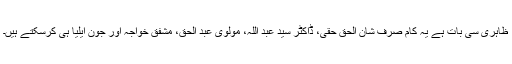
ظاہری سی بات ہے یہ کام صرف شان الحق حقی، ڈاکٹر سید عبد اللہ، مولوی عبد الحق، مشفق خواجہ اور جون ایلیا ہی کرسکتے ہیں۔